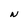
Character: N